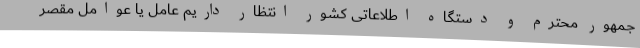
جمهور محترم و دستگاه اطلاعاتی کشور انتظار داریم عامل یا عوامل مقصر